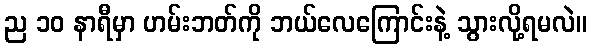
ည ၁၀ နာရီမှာ ဟမ်းဘတ်ကို ဘယ်လေကြောင်းနဲ့ သွားလို့ရမလဲ။